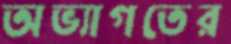
অভ্যাগতের